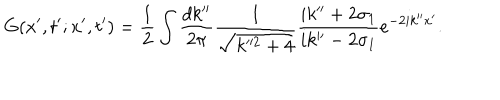
LaTeX: G ( x ^ { \prime } , t ^ { \prime } ; x ^ { \prime } , t ^ { \prime } ) = \frac { 1 } { 2 } \int \frac { d k ^ { \prime \prime } } { 2 \pi } \frac { 1 } { \sqrt { k ^ { 2 } + 4 } } \frac { i k ^ { \prime \prime } + 2 \sigma _ { 1 } } { i k ^ { \prime \prime } - 2 \sigma _ { 1 } } e ^ { - 2 i k ^ { \prime \prime } x ^ { \prime } } .